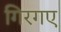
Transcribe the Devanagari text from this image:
गिरगए